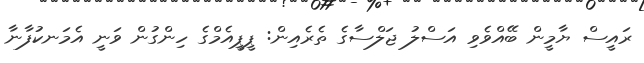
ރައީސް ޔާމީން ބޭއްވެވި އަސްލު ޖަލްސާގެ ތެރެއިން: ޕީޕީއެމްގެ ހިންގުން ވަނީ އެމަނކުފާނާ